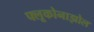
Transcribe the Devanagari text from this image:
फ्लूकोनाझोल